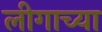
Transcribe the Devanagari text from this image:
लीगाच्या